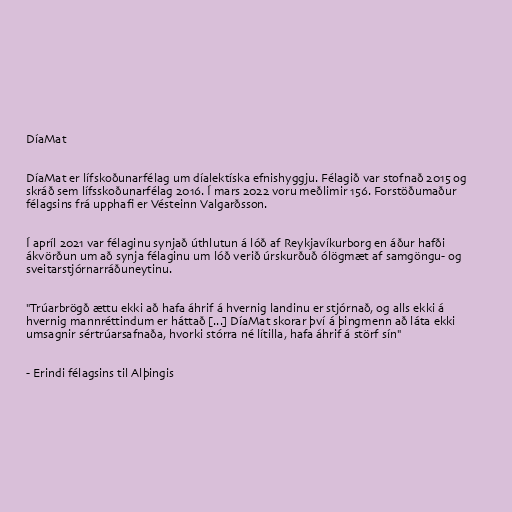
DíaMat

DíaMat er lífskoðunarfélag um díalektíska efnishyggju. Félagið var stofnað 2015 og
skráð sem lífsskoðunarfélag 2016. Í mars 2022 voru meðlimir 156. Forstöðumaður
félagsins frá upphafi er Vésteinn Valgarðsson.

Í apríl 2021 var félaginu synjað úthlutun á lóð af Reykjavíkurborg en áður hafði
ákvörðun um að synja félaginu um lóð verið úr­skurð­uð ólögmæt af samgöngu- og
sveitarstjórnarráðuneytinu.

"Trúarbrögð ættu ekki að hafa áhrif á hvernig landinu er stjórnað, og alls ekki á
hvernig mannréttindum er háttað [...] DíaMat skorar því á þingmenn að láta ekki
umsagnir sértrúarsafnaða, hvorki stórra né lítilla, hafa áhrif á störf sín"

- Erindi félagsins til Alþingis